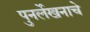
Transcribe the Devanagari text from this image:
पुनर्लेखनाचे